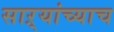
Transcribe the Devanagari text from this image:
साऱ्यांच्याच